Bréfritari: Margrét Daníelsdóttir
Viðtakandi: Jakobína Magnúsdóttir
Dagsetning: A-1878-04-07
Skrifað á: Akureyri  Eyf.
Margrét var dóttir Jakobínu

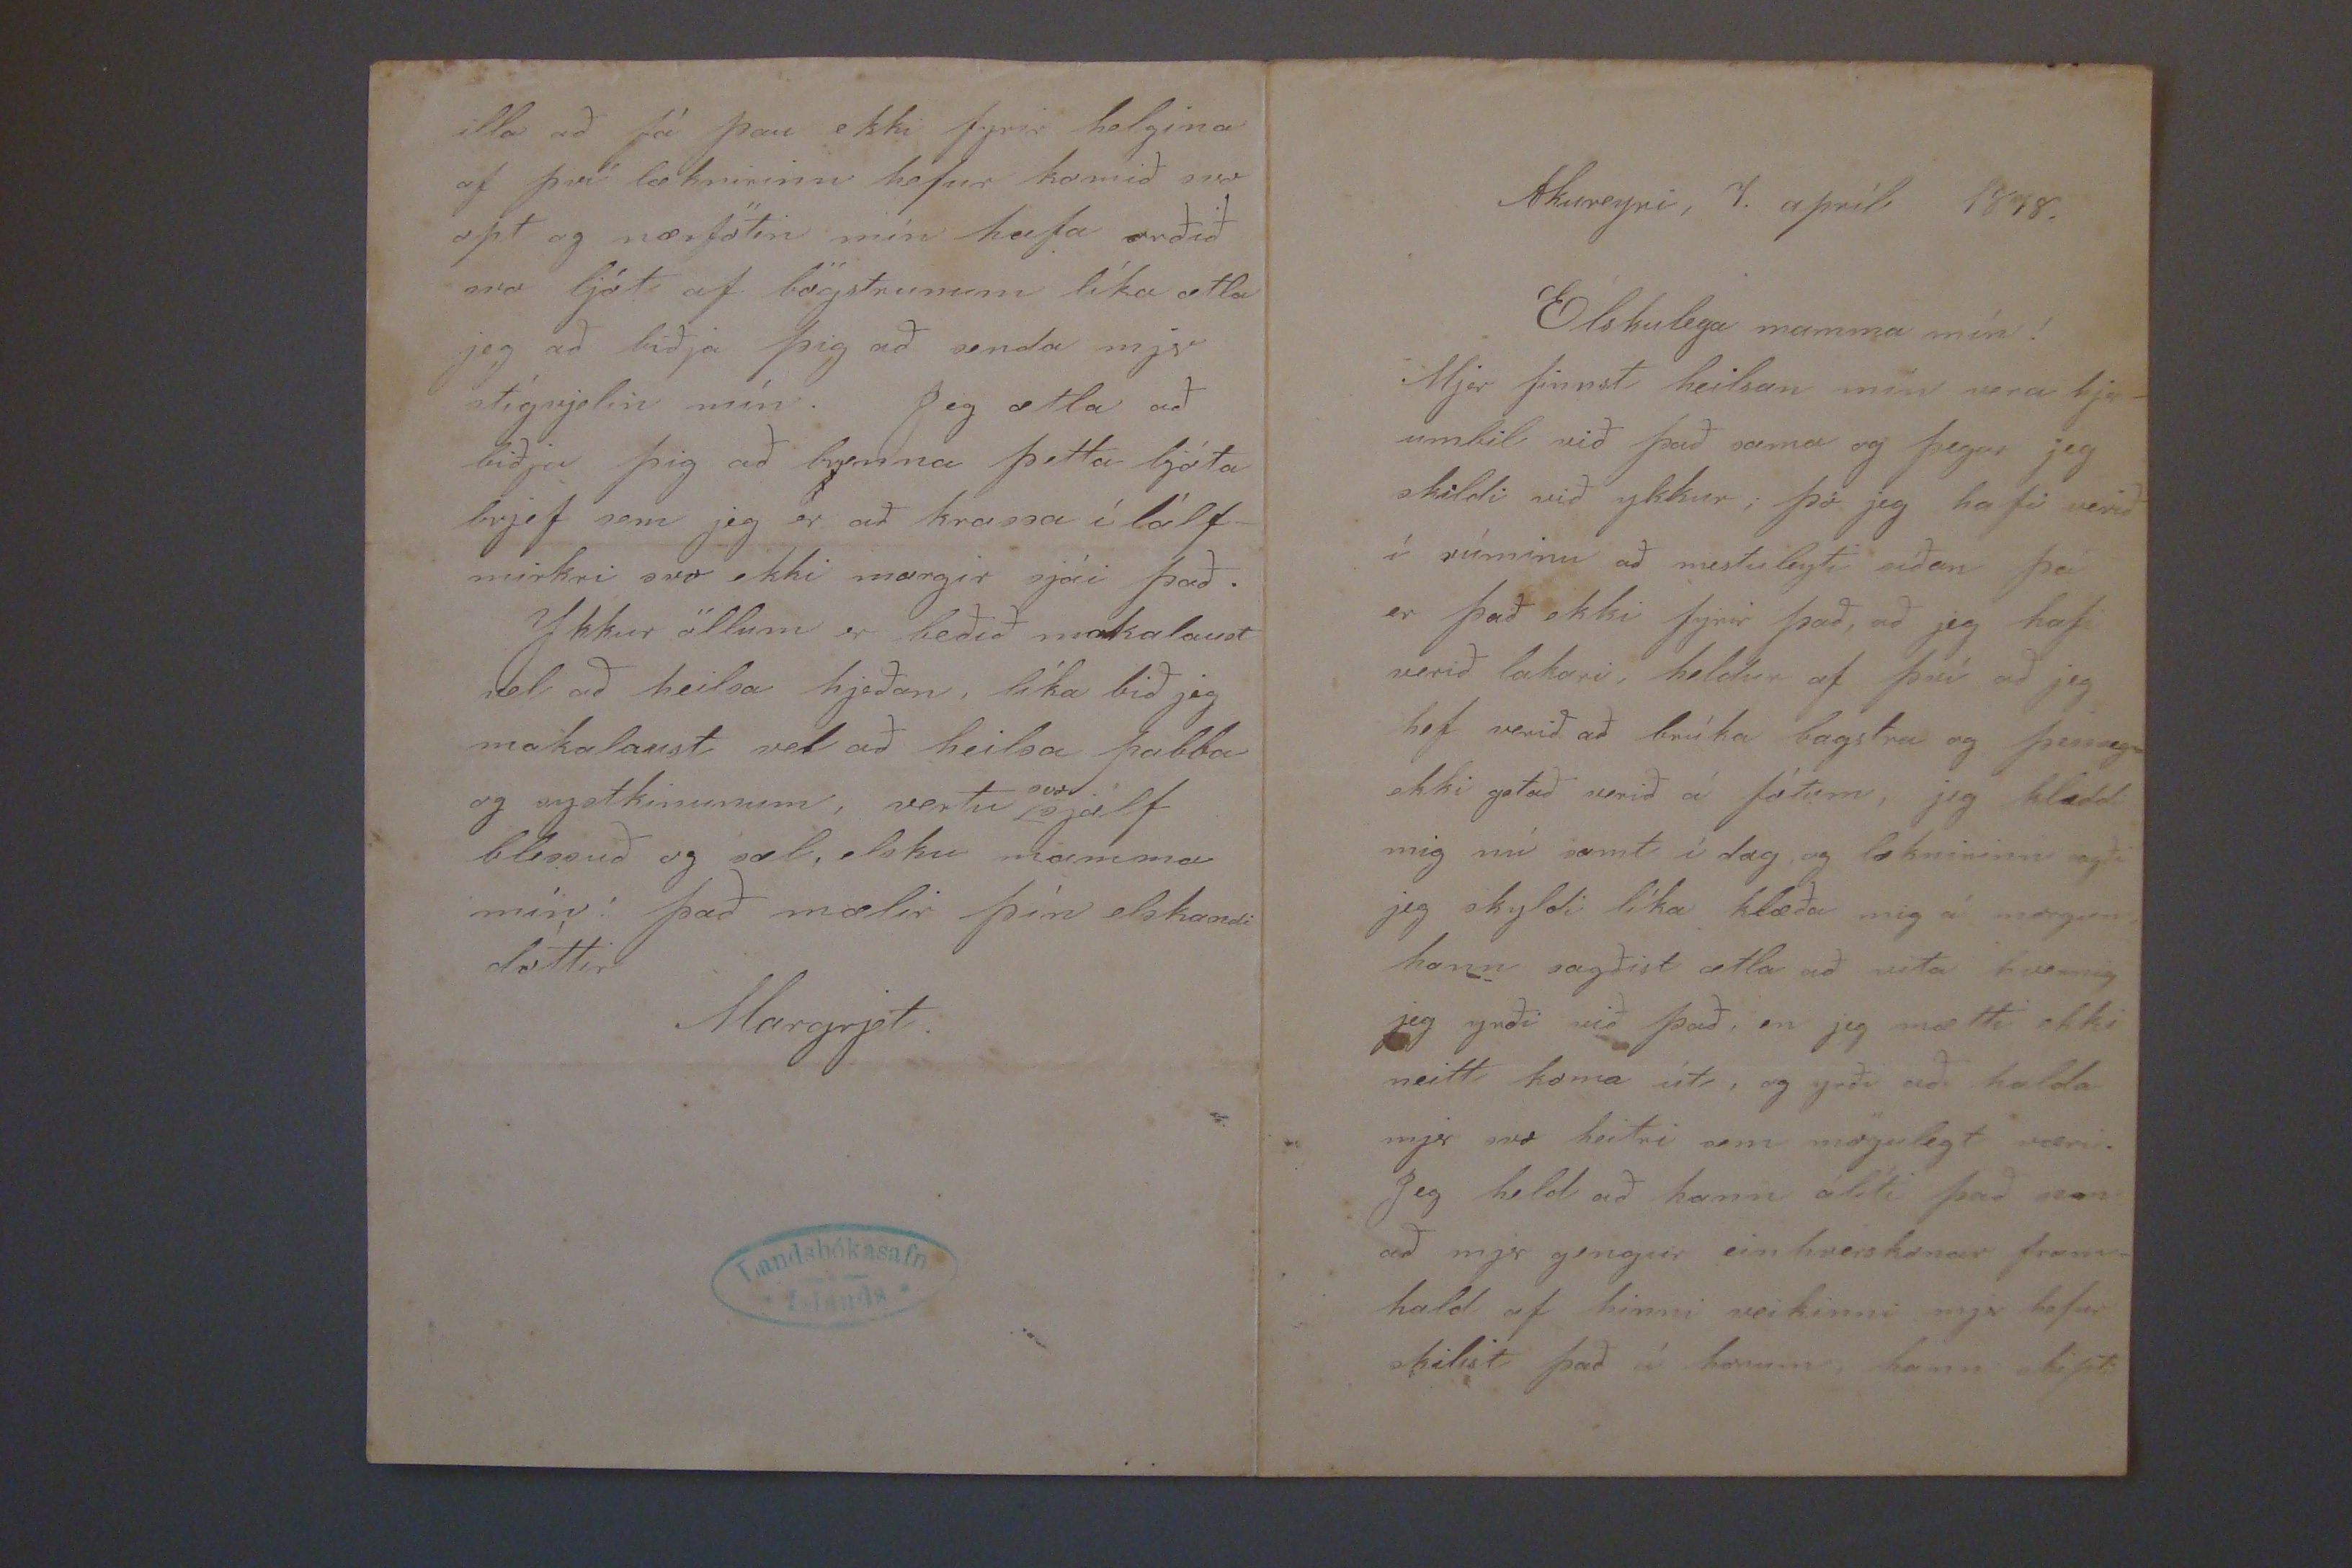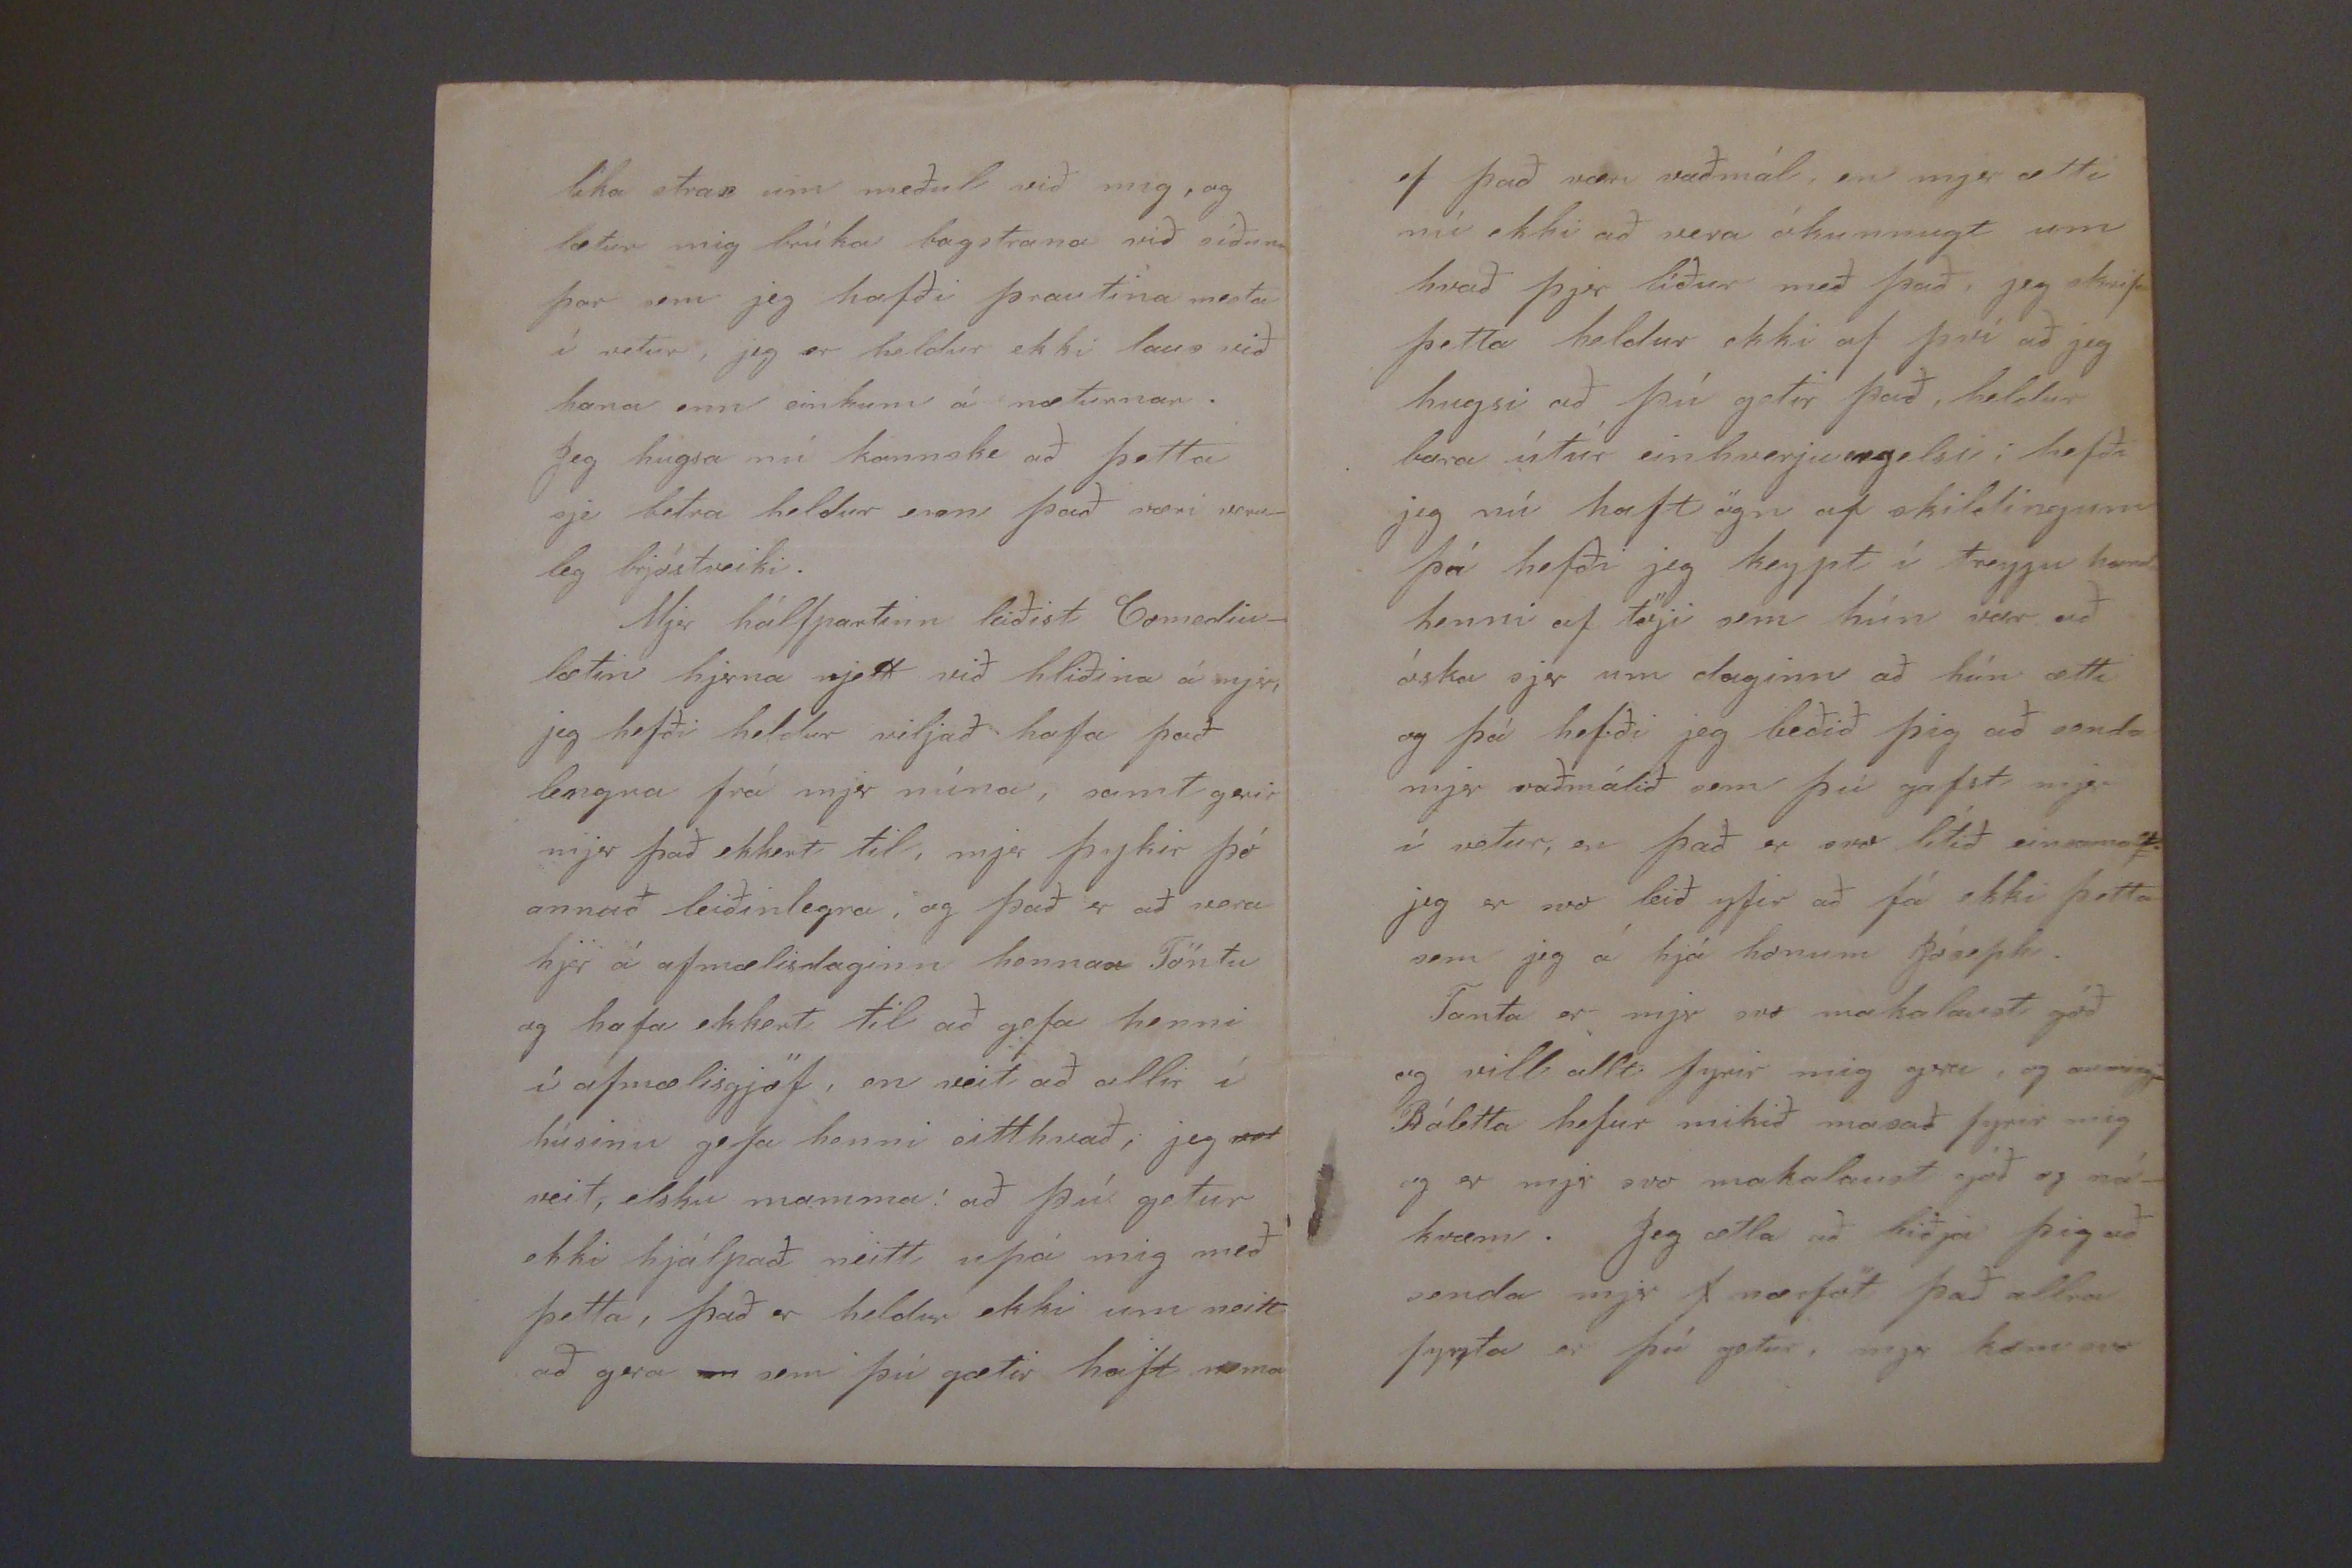

Akureyri, 7. apríl 1878.
Elskulega mamma mín!
Mjer finnst heilsan mín vera hjer_ umbil við það sama og þegar jeg skildi við ykkur; þó jeg hafi verið í rúminu að mestu leyti síðan þá er það ekki fyrir það, að jeg hafi verið lakari, heldur af því að jeg hef getað verið á fótum, jeg klæddi mig nú samt í dag og læknirinn sagði jeg skyldi líka klæða mig á morgun, hann sagðist ætla að vita hvernig jeg yrði við það, en jeg mætti ekki neitt koma út, og yrði að halda mjer svo heitri sem mögulegt væri. Jeg held að hann álíti það
von
að mjer gengur einhverskonar fram- hald af hinni veikinni mjer hefur skilist það á honum, hann skipti
líka stra
s
um meðul, við mig, og lætur mig brúka bagstrana við síðuna þar sem jeg hafði þrautina mestu í vetur, jeg er heldur ekki laus við hana enn einkum á næturnar. Jeg hugsa nú kannske að þetta sje betra heldur enn, það væri veru_ leg brjóstveiki. Mjer hálfpartinn leiðist Comediu_ lætin hjerna rjett við hliðina á mjer, jeg hefði heldur viljað hafa það lengra frá mjer núna, samt gerir mjer það ekkert til, mjer þykir þó annað leiðinlegra, og það er að vera hjer á afmælisdaginn hennar Töntu og hafa ekkert til að gefa henni í afmælisgjöf, en veit að allir í húsinu gefa henni eitthvað; jeg
not
veit, elsku mamma; að þú getur ekki hjálpað neitt
0þá
mig með þetta, það er heldur ekki um neitt að gera
en
sem þú gætir haft nema
ef það væri vaðmál, en mjer ætti nú ekki að vera ókunnugt um hvað þjer líuðr með það, jeg skrifa þetta heldur ekki af því að jeg hugsi að þú getir það, heldur bara útúr einhverju ergelsi; hefði jeg nú haft ögn af skildingum þá hefði jeg keypt í treyju handa henni af teiji sem hún var að óska sjer um daginn að hún ætti og þá hefði jeg beðið þig að senda mjer vaðmálið sem þú gafst mjer í vetur, en það er svo lítið einsamalt. jeg er svo leið yfir að fá ekki þetta sem jeg á hjá honum
Jósephi
. Tanta er mjer sfvo makalaust góð og vill allt fyrir mig gera, og aumingja
P
áletta hefur mikið masað fyrir mig og er mjer svo makalaust góð og ná_ kvæm. Jeg ætla að biðja þig að senda mjer
f
nærföt það allra fyrsta er þú getur, mjer kom svo
illa að fá þau ekki fyrir helgina af því læknirinn hefur komið svo opt og nærfötin mín hafa orðið svo ljót af bögstrunum líka ætla jeg að biðja þig að senda mjer stígvjelin mín. Jeg ætla að biðja þig að brenna þetta ljóta brjef sem jeg er að krassa í
lá0f_
mirkri svo ekki margir sjái það. Ykkur öllum er beðið makalaust vel að heilsa hjeðan, líka bið jeg makalaust vel að heilsa pabba og systkinunum, vertu
svo
sjálf blessuð og sæl, elsku mamma mín; það mælir þín elskandi dóttir
Margrjet.